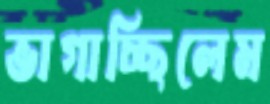
ভাগাচ্ছিলেম